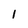
Character: 1